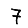
Digit: 7